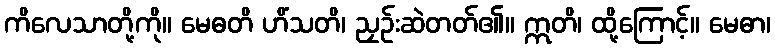
ကိလေသာတို့ကို။ မေဓတိ ဟိံသတိ၊ ညှဉ်းဆဲတတ်၏။ ဣတိ၊ ထို့ကြောင့်။ မေဓာ၊